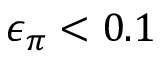
\epsilon _ { \pi } < 0 . 1